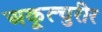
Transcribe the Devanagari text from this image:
अकूत्चुरीर